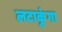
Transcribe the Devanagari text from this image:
लटाकुंगा